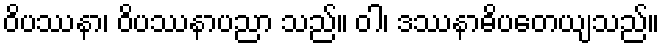
ဝိပဿနာ၊ ဝိပဿနာပညာ သည်။ ဝါ၊ ဒဿနာဓိပတေယျသည်။